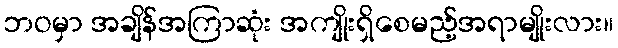
ဘဝမှာ အချိန်အကြာဆုံး အကျိုးရှိစေမည့်အရာမျိုးလား။